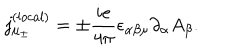
{ j _ { \mu _ { \pm } } ^ { ( l o c a l ) } } = \pm \frac { i e } { 4 \pi } \epsilon _ { \alpha \beta \mu } \partial _ { \alpha } A _ { \beta } .